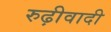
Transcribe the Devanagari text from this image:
रुढ़ीवादी